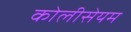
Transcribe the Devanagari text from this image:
कोलीसेयम